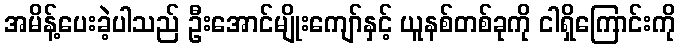
အမိန့်ပေးခဲ့ပါသည် ဦးအောင်မျိုးကျော်နှင့် ယူနစ်တစ်ခုကို ငါရှိကြောင်းကို